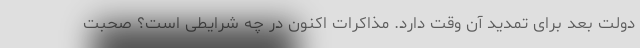
دولت بعد برای تمدید آن وقت دارد. مذاکرات اکنون در چه شرایطی است؟ صحبت